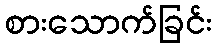
စားသောက်ခြင်း